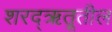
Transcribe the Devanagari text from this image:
शरद्‌ऋतूतील